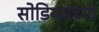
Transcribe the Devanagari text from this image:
सोडियमच्या